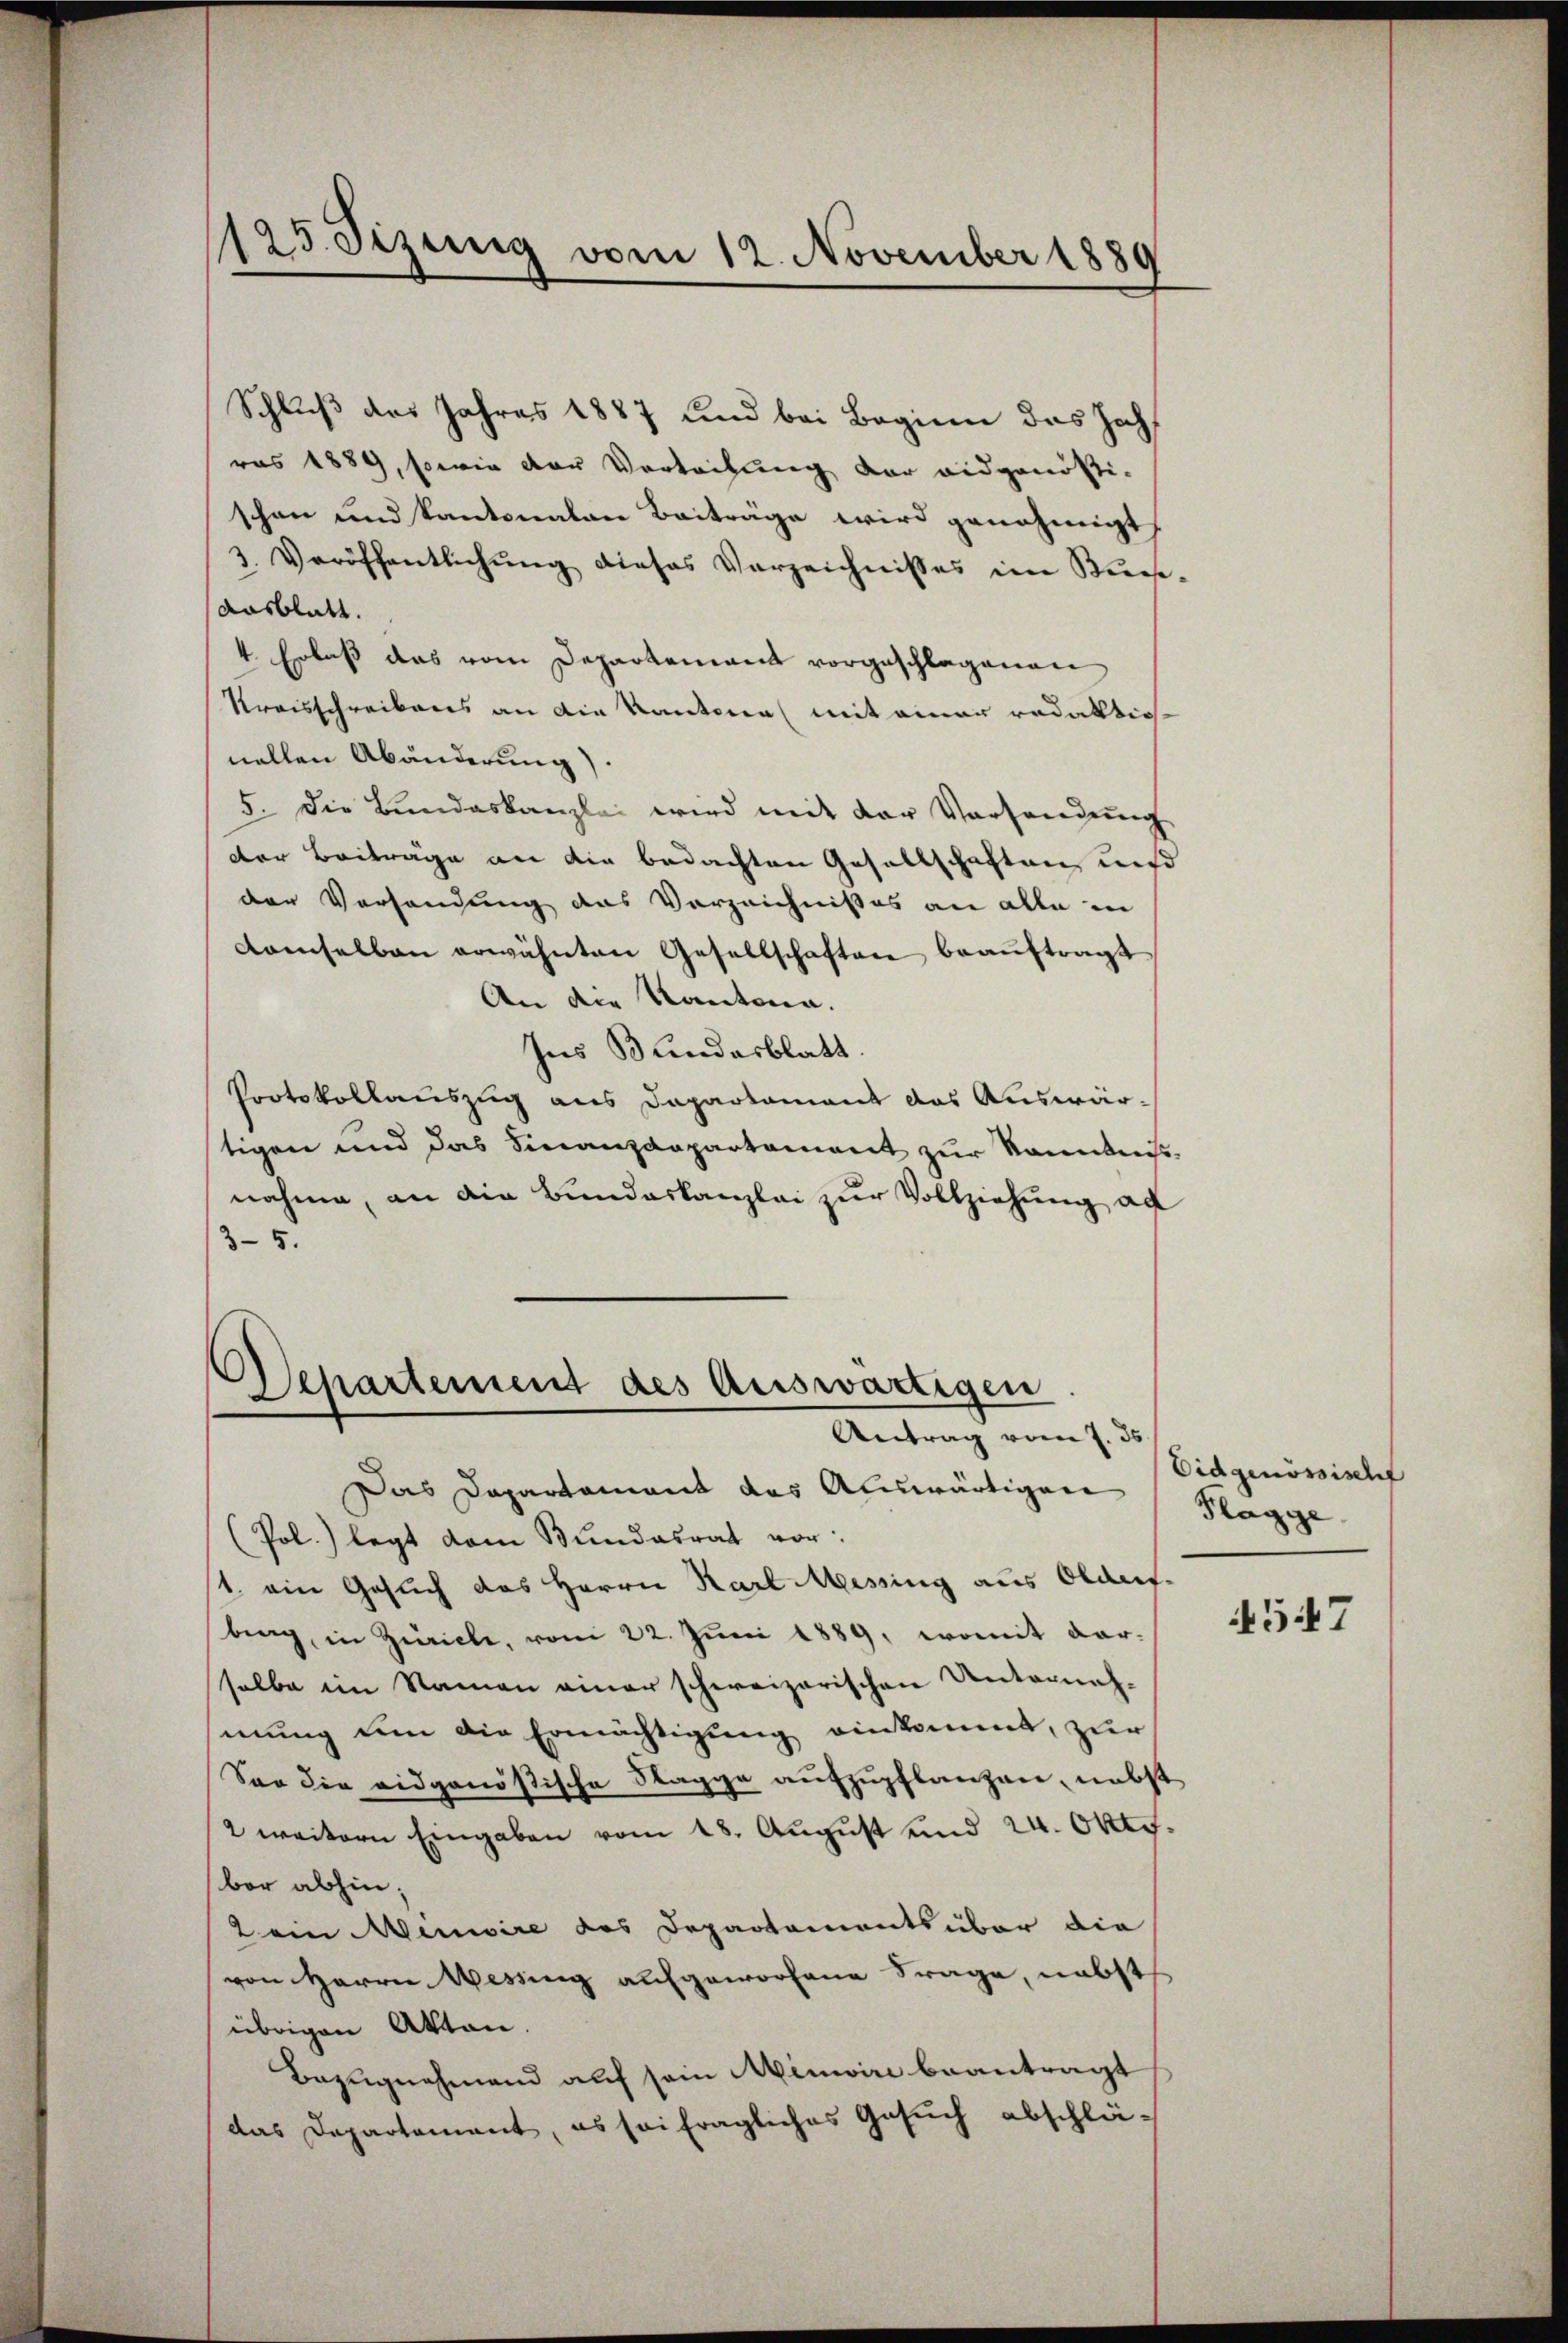
125. Sitzung vom 12. November 1889

Schluß des Jahres 1887 und bei Beginn das Jochras 1889, sowie der Verleihung der eidgenössi-
schon und kantonalen Beiträge wird genehmigt
3. Veröffentlichung dieses Verzeichnisses im Riese
Aasblatt.
4 Erlaß das vom Departement vorgeschlagenen
Kraisschreibens an die Kantonal mit einer redaktich
nellen Abänderung).
5. Die Bundeskanzlei wird mit der Vorsendung
der Beiträge an die bedachten Gesellschaftung uns
der Versandung das Verzeichnißes an alle in
damselben erwähnten Gesellschaften beaŭftragt
An die Kantona.
Ins Bundesblatt.
Protokollauszug aus Dapartament das Auswärtigen und das Finanzdepartament zur Kenntniss
nahme, an die Bundeskanzlei zur Vollziehung au
35.
Departement des Auswärtigen
Antrag vom 7. ds.
Das Departament das Auswärtigen
(Pol.) legt dem Bundesrat vor:
st ein Gesuch das Herrn Karl Messing aus Oldet.
bing in Zürich, vom 22. Juni 1889, womit dar-
selbe im Namen einer schweizerischen Unternahmung um die Ermächtigung einkommt, zur
Sog die eidgenößische Sagge aufzupflanzen, nebst
2 weitern Eingaben vom 18. August und 24. Okt.
bar abhin;
2 ein Meniire des Departements über die
von Herrn Wessing aufgeworfene Frage, nebst
übrigen Akten.
Bezugnahmend auf sein Minoire beantragt
das Departement, es sei fragliches Gesŭch abschlä-

Eidgenössischt
Flagge

4547